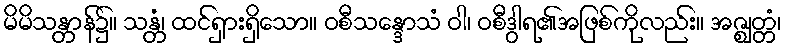
မိမိသန္တာန်၌။ သန္တံ၊ ထင်ရှားရှိသော။ ဝစီသန္ဒောသံ ဝါ၊ ဝစီဒွါရ၏အဖြစ်ကိုလည်း။ အဇ္ဈတ္တံ၊